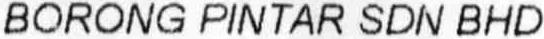
BORONG PINTAR SDN BHD